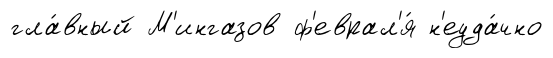
гла́вный М'ингазов ф'еврал'я́ н'еуда́чно